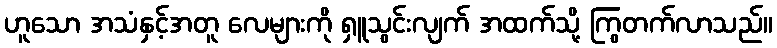
ဟူသော အသံနှင့်အတူ လေများကို ရှူသွင်းလျက် အထက်သို့ ကြွတက်လာသည်။